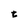
Character: t